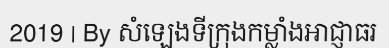
2019 | By សំឡេងទីក្រុងកម្លាំងអាជ្ញាធរ